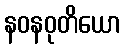
နဝနဝုတိယော